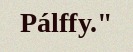
Pálffy."